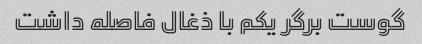
گوست برگر یکم با ذغال فاصله داشت